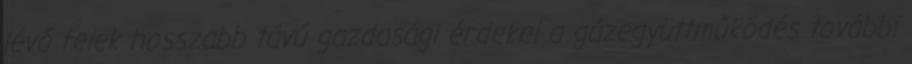
lévő felek hosszabb távú gazdasági érdekei a gázegyüttműködés további